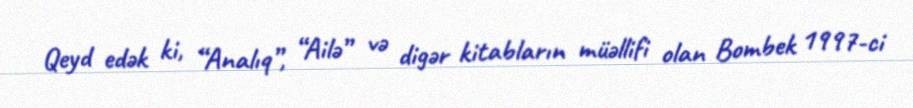
Qeyd edək ki, “Analıq”, “Ailə” və digər kitabların müəllifi olan Bombek 1997-ci